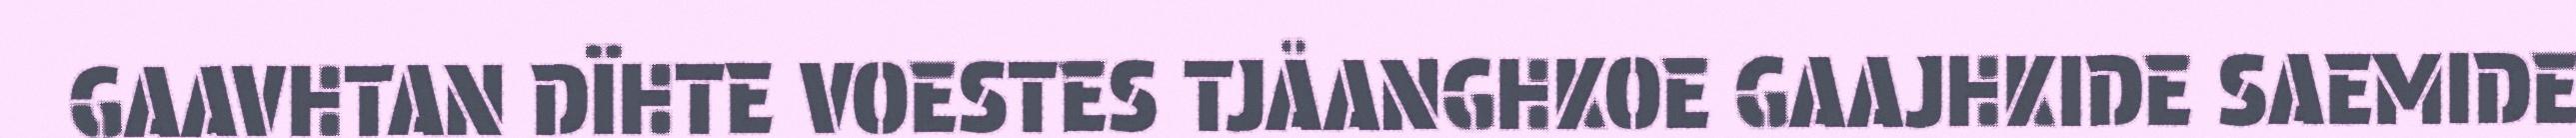
GAAVHTAN DÏHTE VOESTES TJÅANGHKOE GAAJHKIDE SAEMIDE